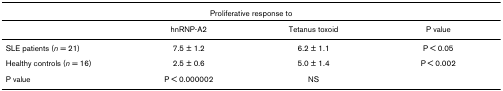
<table><thead><tr><td></td><td colspan="2"><b>Proliferative response to</b></td><td></td></tr></thead><tbody><tr><td></td><td>hnRNP-A2</td><td>Tetanus toxoid</td><td>P value</td></tr><tr><td>SLE patients (<i>n </i>= 21)</td><td>7.5 ± 1.2</td><td>6.2 ± 1.1</td><td>P &lt; 0.05</td></tr><tr><td>Healthy controls (<i>n </i>= 16)</td><td>2.5 ± 0.6</td><td>5.0 ± 1.4</td><td>P &lt; 0.002</td></tr><tr><td>P value</td><td>P &lt; 0.000002</td><td>NS</td><td></td></tr></tbody></table>